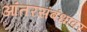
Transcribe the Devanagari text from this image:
आंतरसंबंधांवर